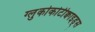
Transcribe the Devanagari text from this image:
ग्लुकोकोर्टीक्वाइड्स